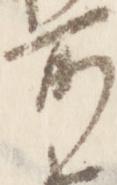
所